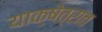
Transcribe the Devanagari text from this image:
याक्षेत्रात